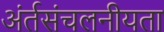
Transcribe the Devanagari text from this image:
अंर्तसंचलनीयता